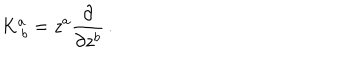
K _ { ~ b } ^ { a } = z ^ { a } { \frac { \partial } { \partial z ^ { b } } } \, .